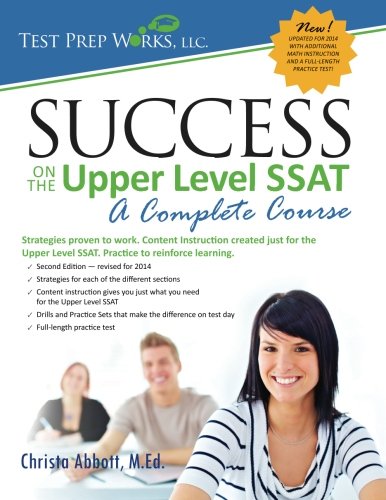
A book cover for Success on the Upper Level SSAT: A Complete Course; Christa B Abbott M.Ed.; Test Preparation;